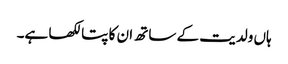
ہاں ولدیت کے ساتھ ان کا پتا لکھا ہے۔